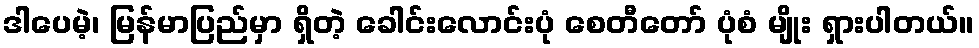
ဒါပေမဲ့၊ မြန်မာပြည်မှာ ရှိတဲ့ ခေါင်းလောင်းပုံ စေတီတော် ပုံစံ မျိုး ရှားပါတယ်။